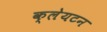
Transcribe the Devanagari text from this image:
क्लेयटन